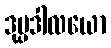
ဒုပ္ပဒါလယော